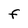
Character: F